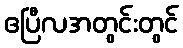
ဧပြီလအတွင်းတွင်